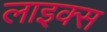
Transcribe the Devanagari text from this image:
लाइक्‍स